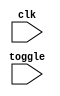
module tsk (/*AUTOARG*/
   // Inputs
   clk, toggle
   );
   input clk;
   input toggle;
   /* verilator public_module */
   always @ (posedge clk) begin
      center_task(1'b0);
   end
   task center_task;
      input external;
      begin
	 if (toggle) begin
	    // CHECK_COVER(-1,"top.t.t1",1)
	 end
	 if (external) begin
	    // CHECK_COVER(-1,"top.t.t1",1)
	    $write("[%0t] Got external pulse\n", $time);
	 end
      end
   endtask
endmodule